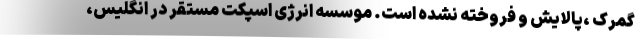
گمرک ،پالایش و فروخته نشده است. موسسه انرژی اسپکت مستقر در انگلیس،